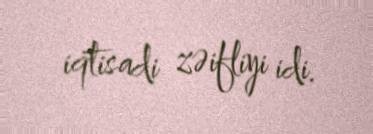
iqtisadi zəifliyi idi.